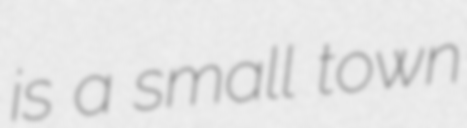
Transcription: is a small town